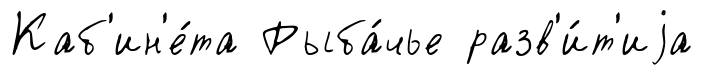
Каб'ин'е́та Рыба́чье разв'и́т'иjа